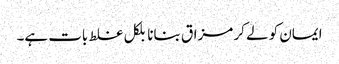
ایمان کو لے کر مزاق بنانا بلکل غلط بات ہے۔